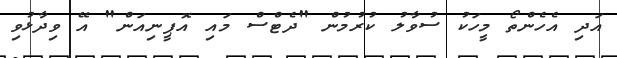
އަދި އެހެންތޯ މީހަކު ސުވާލު ކުރުމުން "ދެޓްސް މައި އޮޕީނިއަން" އޭ ވިދާޅުވި